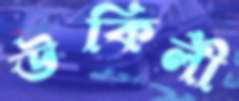
উকিলী